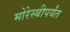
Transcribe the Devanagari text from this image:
मोरेस्बीपर्यंत